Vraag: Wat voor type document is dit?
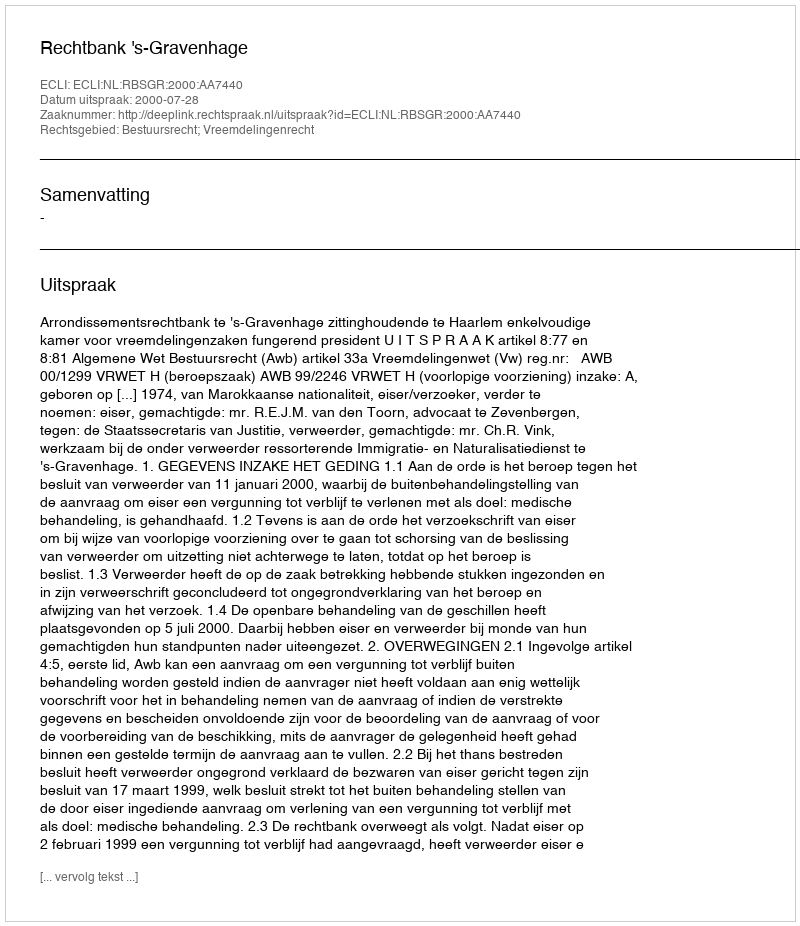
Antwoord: Uitspraak